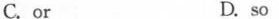
C. or D. so